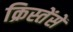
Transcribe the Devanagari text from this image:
क्रिस्तेंसें